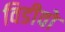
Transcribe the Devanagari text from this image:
विडीवो